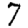
Digit: 7